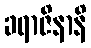
ခရာဇိနာနိ